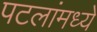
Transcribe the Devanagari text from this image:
पटलांमध्ये